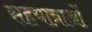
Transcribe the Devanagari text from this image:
सहयात्राओं